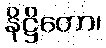
နိဋ္ဌိတော၊